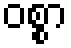
ဝစ္စာ